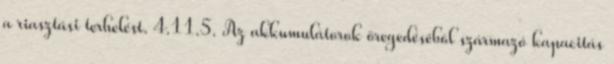
a riasztási terhelést. 4.11.5. Az akkumulátorok öregedésébõl származó kapacitás